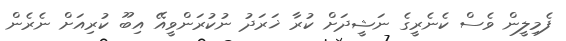
ފެމިލީން ވެސް ކެނެރީގެ ނަޝީދަށް ކުރާ ޚަރަދު ނުކުރަންވީއޭ އިބޫ ކުރިއަށް ނެރެން